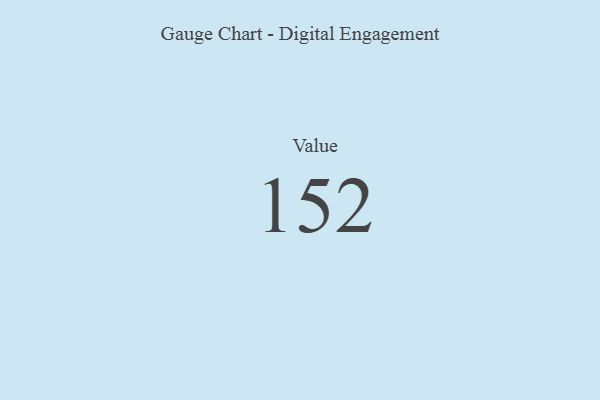
{"axis": {"x": "Metric", "y": "Value"}, "legend": [""], "data": [{"x": "Value", "y": 152, "type": ""}]}